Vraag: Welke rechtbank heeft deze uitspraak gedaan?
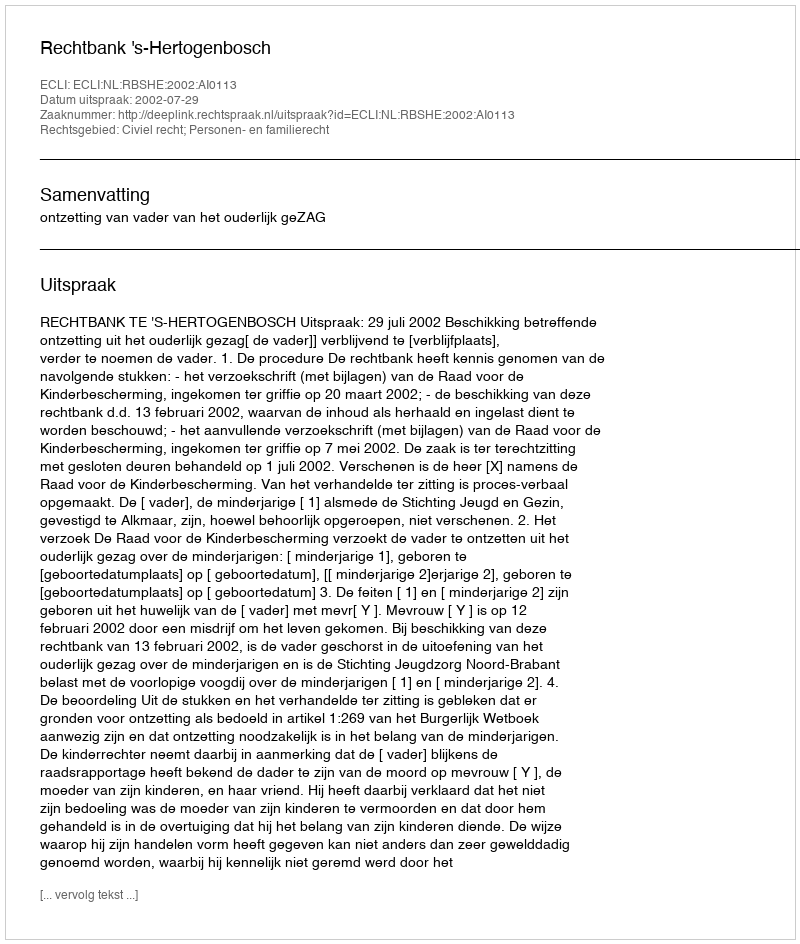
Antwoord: Rechtbank 's-Hertogenbosch